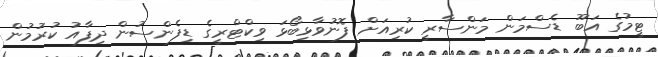
ޓީމުގެ އަބޫ ޑެސްމަން މަންސާރީ ކުރިއަށް ފޮނުވާޅިބޯޅަ ވިކްޓްރީގެ ޑިފެންސުން ދިފާއު ކުރުމުން